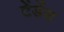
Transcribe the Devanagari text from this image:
टेंडेंस